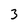
Character: 3